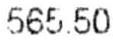
565.50